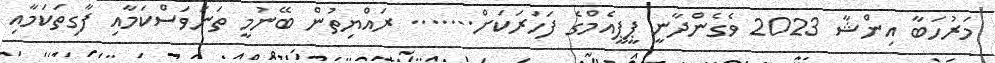
މަރުހަބާ އިންޝާ 2023 ވެގެންދާނީ ޕީޕީއެމްގެ ފަހަރަކަށް....... ރައްޔިތުން ބޭނުމީ ތަނަވަސްކަމާއި ފާގިތަކަމާއި